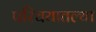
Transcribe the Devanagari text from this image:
परिचयातल्या